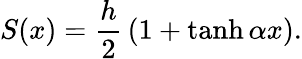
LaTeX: S(x)=\frac{h}{2}\, \left(1+\operatorname{tanh}\alpha x\right).